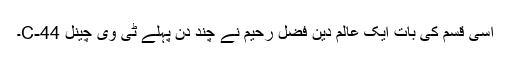
اسی قسم کی بات ایک عالم دین فضل رحیم نے چند دن پہلے ٹی وی چینل C-44۔